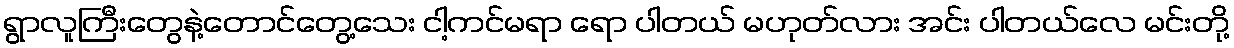
ရွာလူကြီးတွေနဲ့တောင်တွေ့သေး ငါ့ကင်မရာ ရော ပါတယ် မဟုတ်လား အင်း ပါတယ်လေ မင်းတို့